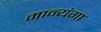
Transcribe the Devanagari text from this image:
मान्यंगा